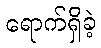
ရောက်ရှိခဲ့